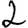
Digit: 2